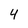
Character: 4